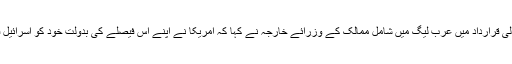
مصری دارالحکومت قاہرہ میں ہونے والے اس اجلاس میں منظور کی جانے والی قرارداد میں عرب لیگ میں شامل ممالک کے وزرائے خارجہ نے کہا کہ امریکا نے اپنے اس فیصلے کی بدولت خود کو اسرائیل فلسطین امن عمل کی ’’حمایت اور اس کے لیے کوششوں سے الگ کر لیا ہے‘‘۔